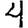
Digit: 4